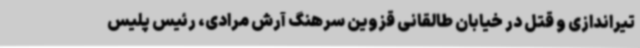
تیراندازی و قتل در خیابان طالقانی قزوین سرهنگ آرش مرادی، رئیس پلیس